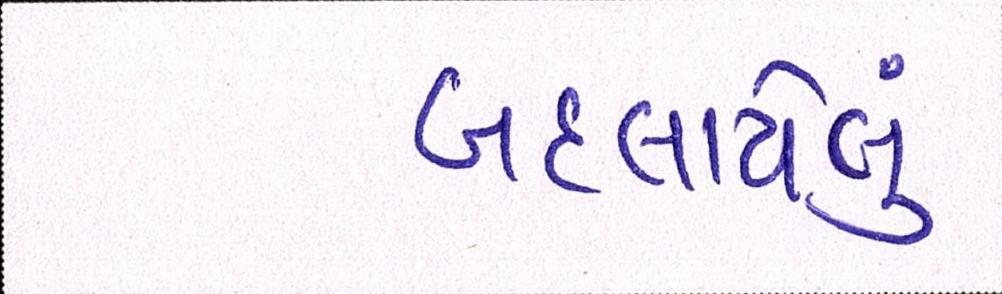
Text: બદલાયેલું